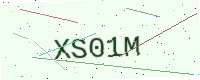
Text: XS01M